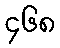
၄၆၈